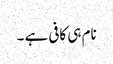
نام ہی کافی ہے ۔